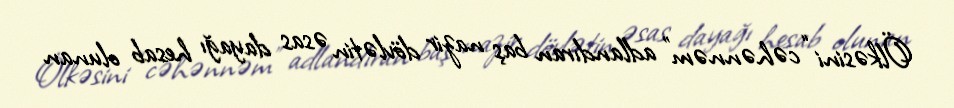
Ölkəsini “cəhənnəm” adlandıran baş nazir dövlətin əsas dayağı hesab olunan